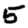
Digit: 5